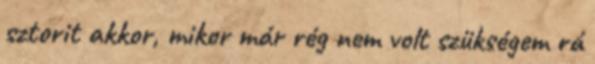
sztorit akkor, mikor már rég nem volt szükségem rá